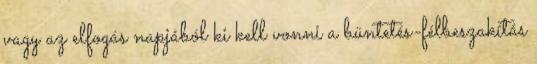
vagy az elfogás napjából ki kell vonni a büntetés-félbeszakítás